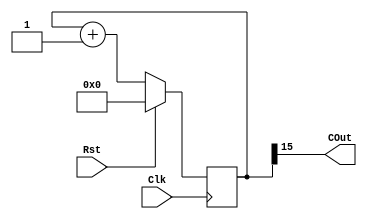
`timescale 1ns / 1ps
//////////////////////////////////////////////////////////////////////////////////
// Company: 
// Engineer: 
// 
// Design Name: 
// Module Name:    SyncLEDToggle_Top 
// Project Name: 
// Target Devices: 
// Tool versions: 
// Description: 
//
// Dependencies: 
//
// Revision: 
// Revision 0.01 - File Created
// Additional Comments: 
//
//////////////////////////////////////////////////////////////////////////////////
// -----------------------------------------------------------------------------
//                        Module Function Code
// -----------------------------------------------------------------------------
module Counter #(parameter COUNTER_SIZE = 16)
(
    input             Clk,
    input             Rst,
    output            COut
);

    // --------------------------------------------------------------------------
    //                      Internal Wire/Reg Signals 
    // --------------------------------------------------------------------------
    reg	COut_d;
    reg	COut_q;

    reg	[COUNTER_SIZE-1:0]	Counter_d;
    reg	[COUNTER_SIZE-1:0]	Counter_q;
    // --------------------------------------------------------------------------
    //                        Continuous Assignments
    // --------------------------------------------------------------------------
    assign COut	= Counter_q[COUNTER_SIZE-1];
    // --------------------------------------------------------------------------
    //                       Sequential Blocks
    // --------------------------------------------------------------------------
    always @(posedge Clk)
    begin
    if(Rst == 1'b1)
    begin
        Counter_q	<= 1'b0;
    end
    else
        Counter_q	<=	Counter_d;
    begin

    end		
    end
    // --------------------------------------------------------------------------
    //                       Always Blocks		Alvarez morales monica, miguel portillo alejo
    // --------------------------------------------------------------------------        
    always @*
    begin
        Counter_d   =   Counter_q + 1'b1;
    end
endmodule